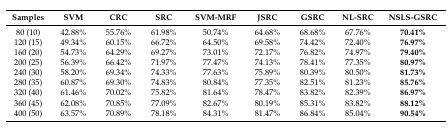
<table><thead><tr><td><b>Samples</b></td><td><b>SVM</b></td><td><b>CRC</b></td><td><b>SRC</b></td><td><b>SVM-MRF</b></td><td><b>JSRC</b></td><td><b>GSRC</b></td><td><b>NL-SRC</b></td><td><b>NSLS-GSRC</b></td></tr></thead><tbody><tr><td>80 (10)</td><td>42.88%</td><td>55.76%</td><td>61.98%</td><td>50.74%</td><td>64.68%</td><td>68.68%</td><td>67.76%</td><td><b>70.41%</b></td></tr><tr><td>120 (15)</td><td>49.34%</td><td>60.15%</td><td>66.72%</td><td>64.50%</td><td>69.58%</td><td>74.42%</td><td>72.40%</td><td><b>76.97%</b></td></tr><tr><td>160 (20)</td><td>54.73%</td><td>64.29%</td><td>69.27%</td><td>73.01%</td><td>72.17%</td><td>76.82%</td><td>74.97%</td><td><b>79.40%</b></td></tr><tr><td>200 (25)</td><td>56.39%</td><td>66.42%</td><td>71.97%</td><td>77.47%</td><td>74.13%</td><td>78.41%</td><td>77.35%</td><td><b>80.97%</b></td></tr><tr><td>240 (30)</td><td>58.20%</td><td>69.34%</td><td>74.33%</td><td>77.63%</td><td>75.89%</td><td>80.39%</td><td>80.50%</td><td><b>81.73%</b></td></tr><tr><td>280 (35)</td><td>60.87%</td><td>69.30%</td><td>74.83%</td><td>80.84%</td><td>77.35%</td><td>82.51%</td><td>81.23%</td><td><b>85.76%</b></td></tr><tr><td>320 (40)</td><td>61.46%</td><td>70.02%</td><td>75.82%</td><td>81.64%</td><td>78.47%</td><td>83.82%</td><td>82.39%</td><td><b>86.97%</b></td></tr><tr><td>360 (45)</td><td>62.08%</td><td>70.85%</td><td>77.09%</td><td>82.67%</td><td>80.19%</td><td>85.31%</td><td>83.82%</td><td><b>88.12%</b></td></tr><tr><td>400 (50)</td><td>63.57%</td><td>70.89%</td><td>78.18%</td><td>84.31%</td><td>81.47%</td><td>86.84%</td><td>85.04%</td><td><b>90.54%</b></td></tr></tbody></table>